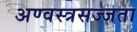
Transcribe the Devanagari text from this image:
अण्वस्त्रसज्जता